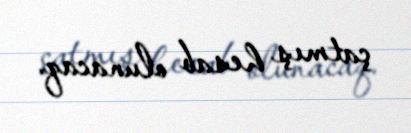
çatmış hesab olunacaq.